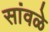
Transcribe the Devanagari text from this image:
सांवळे